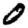
Digit: 0